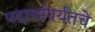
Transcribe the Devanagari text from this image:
पदार्थापर्यंतचे